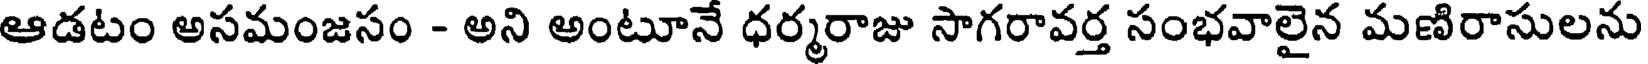
ఆడటం అసమంజసం - అని అంటూనే ధర్మరాజు సాగరావర్త సంభవాలైన మణిరాసులను